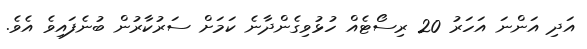
އަދި އަންނަ އަހަރު 20 ރިސޯޓެއް ހުޅުވިގެންދާނެ ކަމަށް ސަރުކާރުން ބުނެފައިވެ އެވެ.